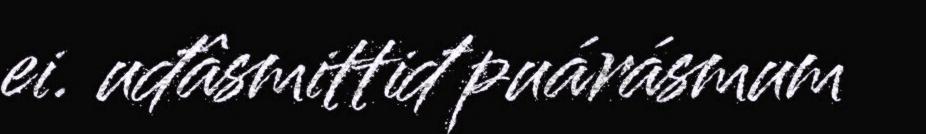
ei. uđâsmittiđ puárásmum